Madras plague regulations in force outside the Presidency town - Volume 3
Disease focus: Plague
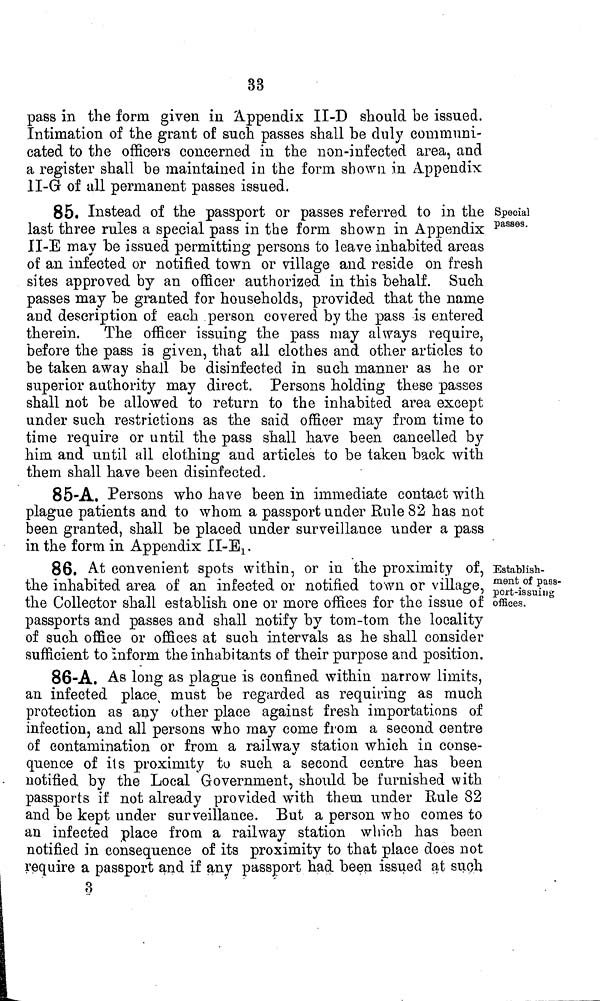
33
pass in the forin given in Appendix II-D should be issued.
Intimation of the grant of such passes shall be duly communi-
cated to the officers concerned in the non-infected area, and
a register shall be maintained in the form shown in Appendix
1I-G of all permanent passes issued.
Special
passes.
85. Instead of the passport or passes referred to in the
last three rules a special pass in the form shown in Appendix
II-E may be issued permitting persons to leave inhabited areas
of an infected or notified town or village and reside on fresh
sites approved by an officer authorized in this behalf. Such
passes may be granted for households, provided that the name
and description of each person covered by the pass is entered
therein.
The officer issuing the pass may always require,
before the pass is given, that all clothes and other articles to
be taken away shall be disinfected in such manner as he or
superior authority may direct. Persons holding these passes
shall not be allowed to return to the inhabited area except
under such restrictions as the said officer may from time to
time require or until the pass shall have been cancelled by
him and until all clothing and articles to be taken back with
them shall have been disinfected.
85-A. Persons who have been in immediate contact with
plague patients and to whom a passport under Rule 82 has not
been granted, shall be placed under surveillance under a pass
in the form in Appendix II-E1.
Establish-
ment of pass-
port-issuing
offices.
86, At convenient spots within, or in the proximity of,
the inhabited area of an infected or notified town or village,
the Collector shall establish one or more offices for the issue of
passports and passes and shall notify by tom-tom the locality
of such office or offices at such intervals as he shall consider
sufficient to inform the inhabitants of their purpose and position.
86-A. As long as plague is confined within narrow limits,
an infected place must be regarded as requiring as much
protection as any other place against fresh importations of
infection, and all persons who may come from a second centre
of contamination or from, a railway station which in conse-
quence of its proximity to such a second centre has been
notified by the Local Government, should be furnished with
passports if not already provided with them under Rule 82
and be kept under surveillance. But a person who comes to
an infected place from a railway station which has been
notified in consequence of its proximity to that place does not
require a passport and if any passport had been issued at such
3